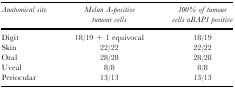
| Anatomical site | Melan A-positive tumour cells | 100% of tumour cells nBAP1 positive |
 | --- | --- | --- |
 | Digit | 18/19 + 1 equivocal | 18/19 |
 | Skin | 22/22 | 22/22 |
 | Oral | 28/28 | 28/28 |
 | Uveal | 8/8 | 8/8 |
 | Periocular | 13/13 | 13/13 |